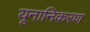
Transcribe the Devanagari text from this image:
यूनानिकरण